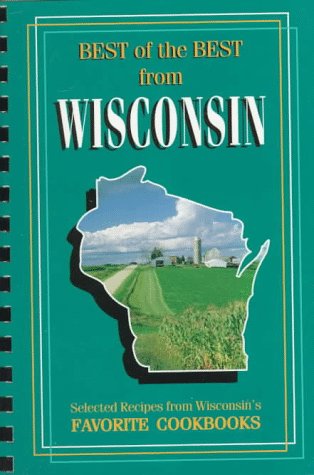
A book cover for Best of the Best from Wisconsin: Selected Recipes from Wisconsin's Favorite Cookbooks; Cookbooks, Food & Wine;